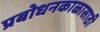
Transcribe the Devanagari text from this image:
प्रबोधनकाळासाठी